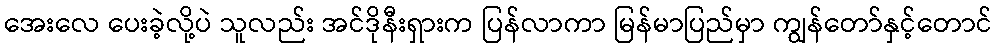
အေးလေ ပေးခဲ့လို့ပဲ သူလည်း အင်ဒိုနီးရှားက ပြန်လာကာ မြန်မာပြည်မှာ ကျွန်တော်နှင့်တောင်